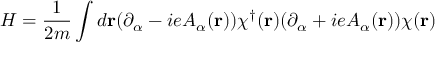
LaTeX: H = \frac { 1 } { 2 m } \int d { \bf r } ( \partial _ { \alpha } - i e A _ { \alpha } ( { \bf r } ) ) \chi ^ { \dagger } ( { \bf r } ) ( \partial _ { \alpha } + i e A _ { \alpha } ( { \bf r } ) ) \chi ( { \bf r } )